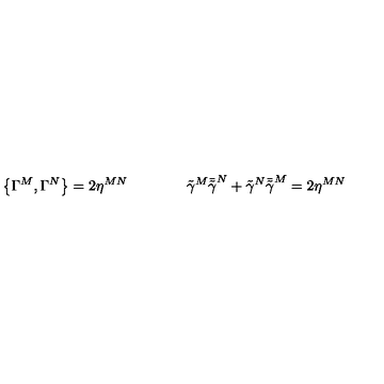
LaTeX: \left\{ \Gamma ^ { M } , \Gamma ^ { N } \right\} = 2 \eta ^ { M N } \qquad \qquad \tilde { \gamma } ^ { M } \bar { \tilde { \gamma } } ^ { N } + \tilde { \gamma } ^ { N } \bar { \tilde { \gamma } } ^ { M } = 2 \eta ^ { M N }